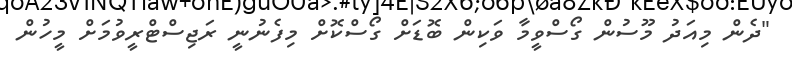
"ދެން މިއަދު މޫސުން ގޯސްވީމާ ވަކިން ބޮޑަށް ގޯސްކޮށް މިފެނުނީ ރަޖިސްޓްރީވުމަށް މީހުން